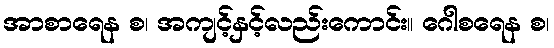
အာစာရေန စ၊ အကျင့်နှင့်လည်းကောင်း။ ဂေါစရေန စ၊